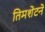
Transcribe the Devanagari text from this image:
तिमशेटने